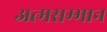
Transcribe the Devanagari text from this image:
अत्मसम्मान